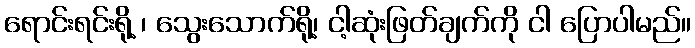
ရောင်းရင်းရို့ ၊ သွေးသောက်ရို့၊ ငါ့ဆုံးဖြတ်ချက်ကို ငါ ပြောပါမည်။